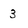
Character: 3